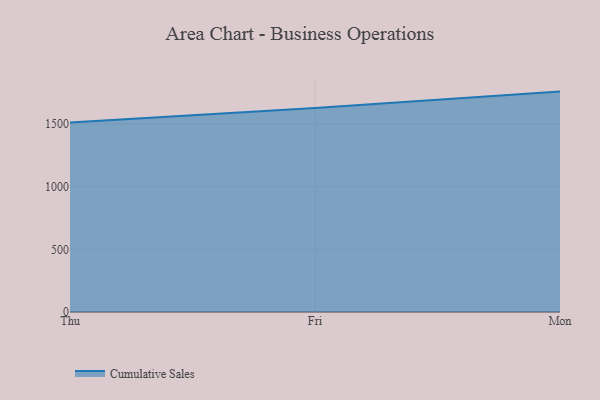
{"axis": {"x": "Day", "y": "Satisfaction Score"}, "legend": ["Cumulative Sales"], "data": [{"x": "Thu", "y": 1512.8, "type": "Cumulative Sales"}, {"x": "Fri", "y": 1627.6, "type": "Cumulative Sales"}, {"x": "Mon", "y": 1759.0, "type": "Cumulative Sales"}]}